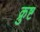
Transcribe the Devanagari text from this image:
क्रुष्ट